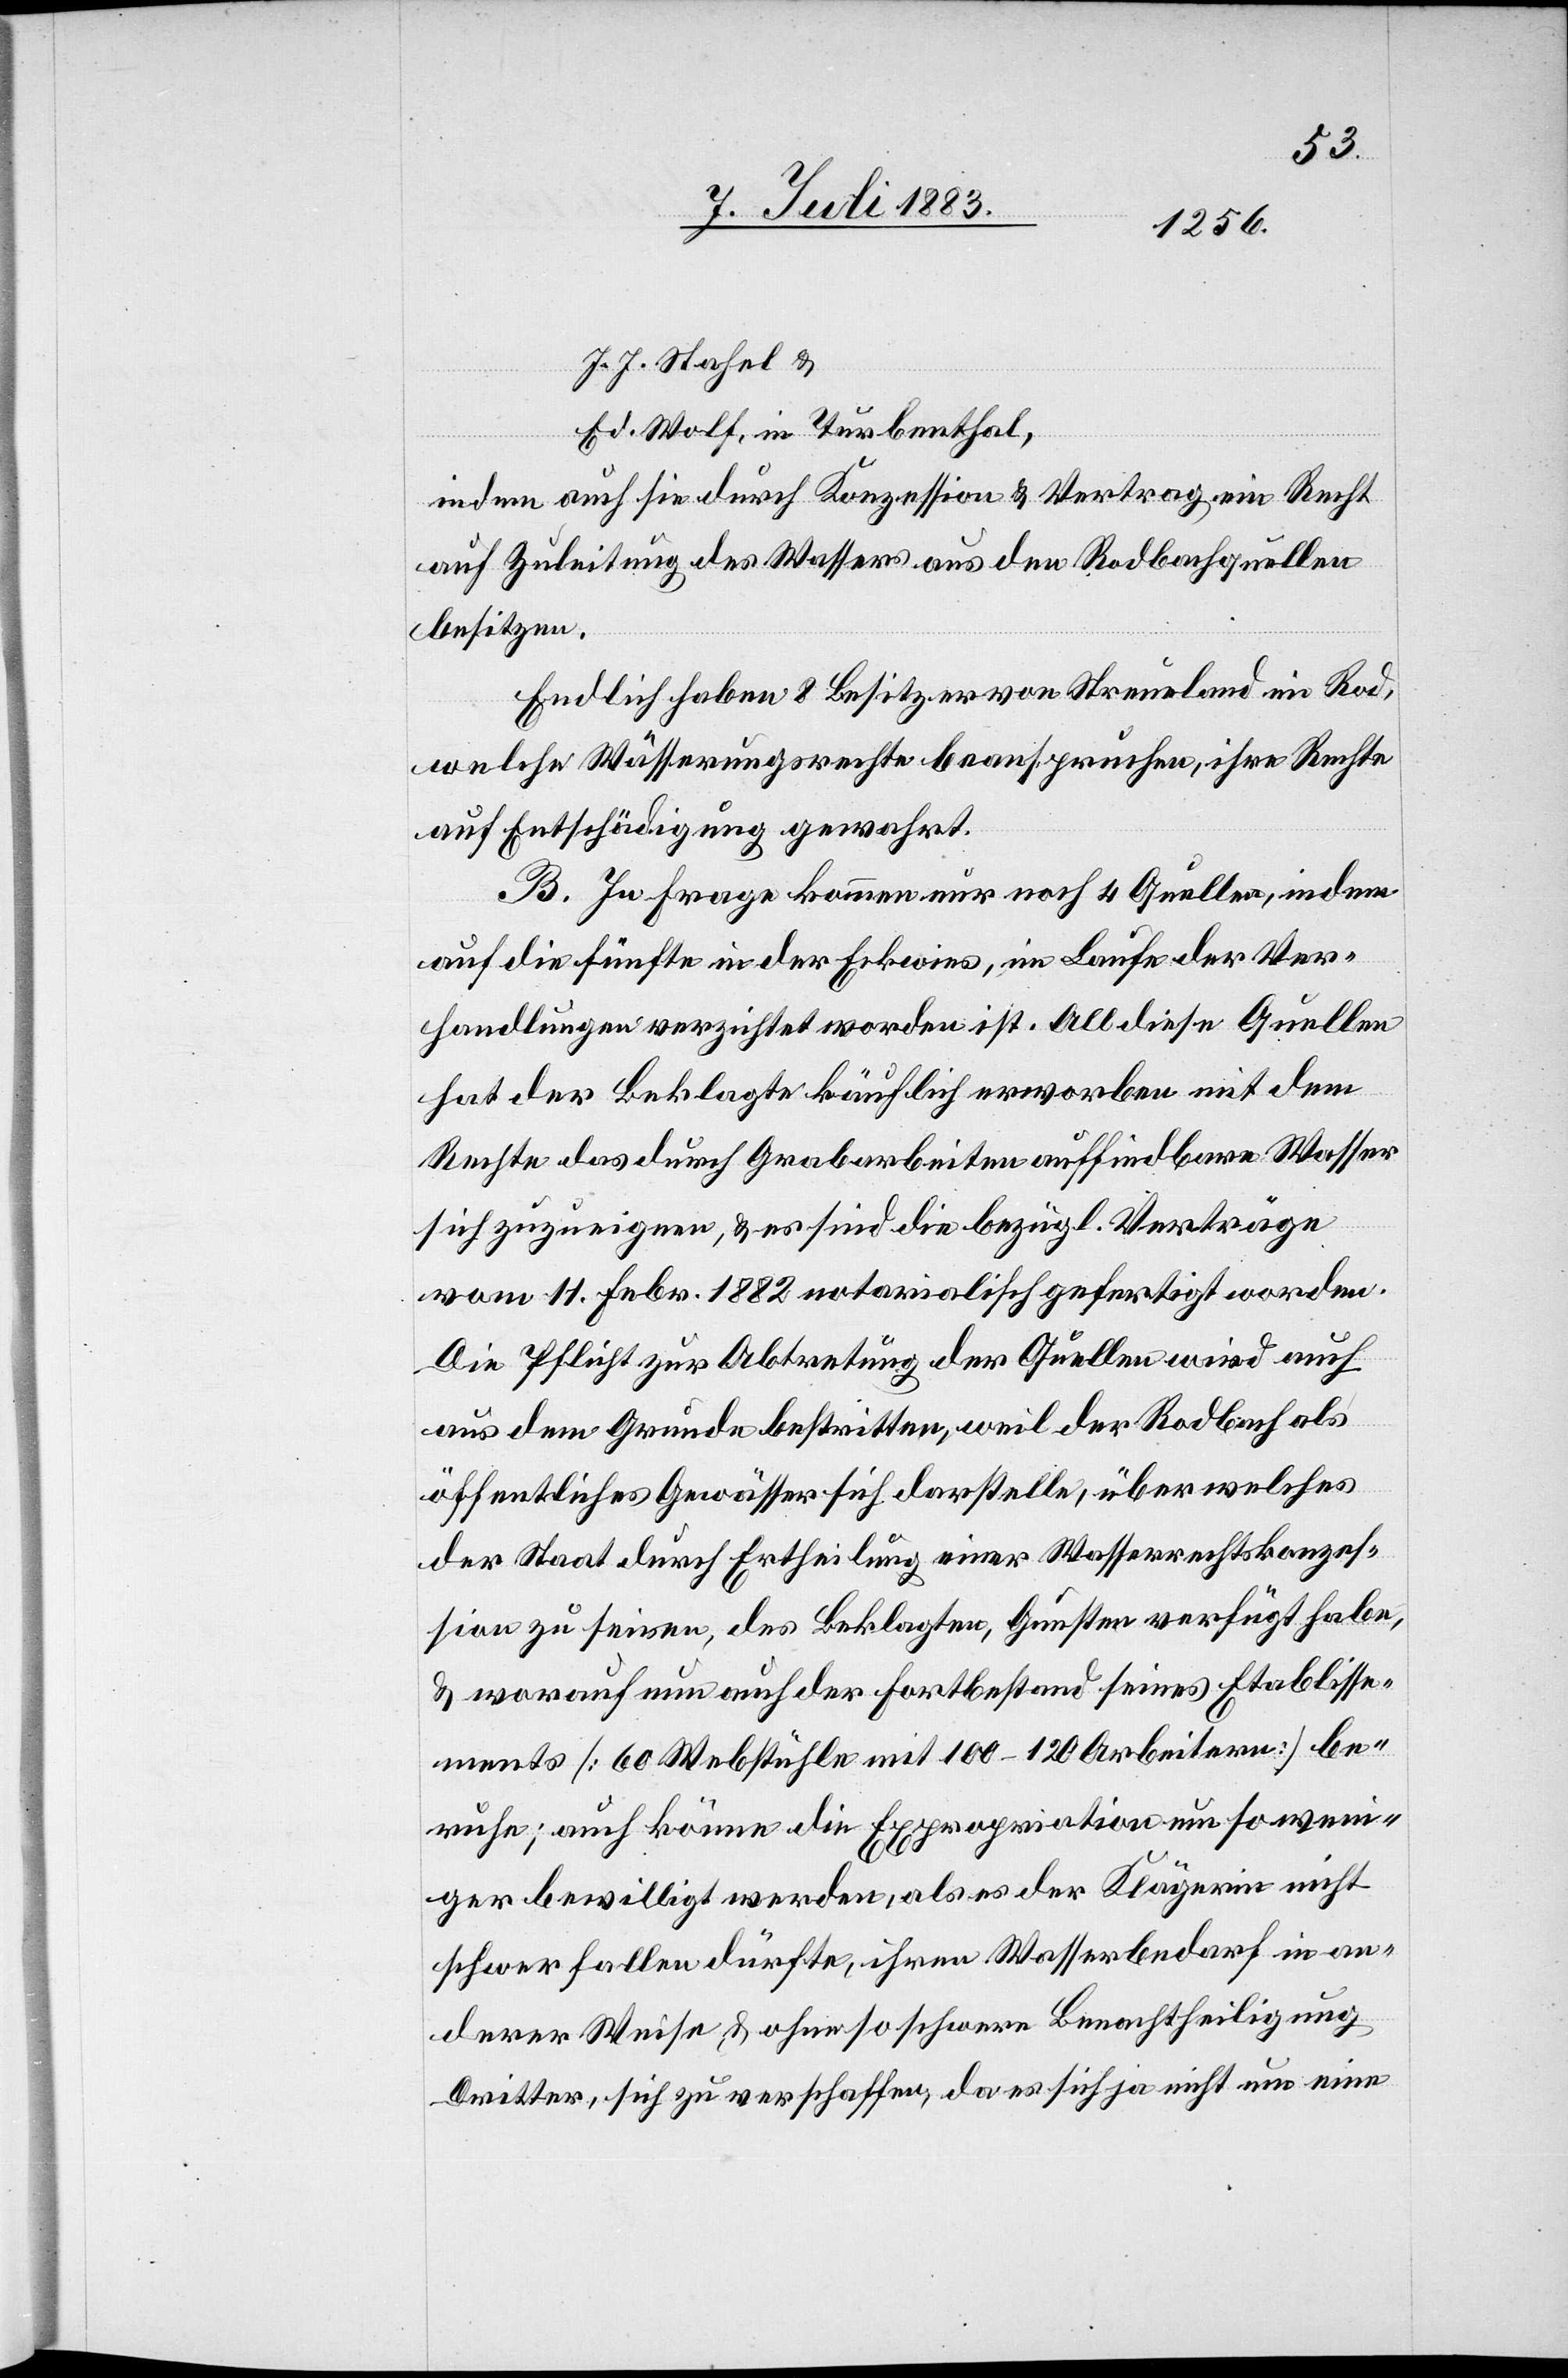
J. J. Stahel &
Ed. Wolf, in Turbenthal,
indem auch sie durch Konzession & Vertrag ein Recht
auf Zuleitung des Wassers aus den Rodbachquellen
besitzen.
Endlich haben 8 Besitzer von Streueland im Rod,
welche Wässerungsrechte beanspruchen, ihre Rechte
auf Entschädigung gewahrt.
B. In Frage kommen nur noch 4 Quellen, indem
auf die fünfte in der Erkwies, im Laufe der Ver¬
handlungen verzichtet worden ist. All diese Quellen
hat der Beklagte käuflich erworben mit dem
Rechte das durch Grabarbeiten auffindbare Wasser
sich zuzueignen, & es sind die bezügl. Verträge
vom 11. Febr. 1882 notarialisch gefertigt worden.
Die Pflicht zur Abtretung der Quellen wird auch
aus dem Grunde bestritten, weil der Rodbach als
öffentliches Gewässer sich darstelle, über welches
der Staat durch Ertheilung einer Wasserrechtskonzes¬
sion zu seinen, des Beklagten, Gunsten verfügt habe,
& worauf nun auch der Fortbestand seines Etablisse¬
ments [60 Webstühle mit 100–120 Arbeitern] be¬
ruhe; auch könne die Expropriation um so weni¬
ger bewilligt werden, als es der Klägerin nicht
schwer fallen dürfte, ihren Wasserbedarf in an¬
derer Weise & ohne so schwere Benachtheiligung
Dritter, sich zu verschaffen, da es sich ja nicht um eine